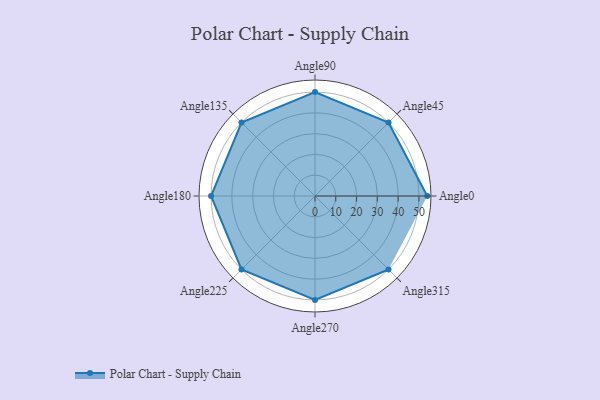
{"axis": {"x": "Angle", "y": "Radius"}, "legend": [""], "data": [{"x": "Angle0", "y": 54.0, "type": ""}, {"x": "Angle45", "y": 50.0, "type": ""}, {"x": "Angle90", "y": 50, "type": ""}, {"x": "Angle135", "y": 50, "type": ""}, {"x": "Angle180", "y": 50, "type": ""}, {"x": "Angle225", "y": 50, "type": ""}, {"x": "Angle270", "y": 50, "type": ""}, {"x": "Angle315", "y": 50, "type": ""}]}